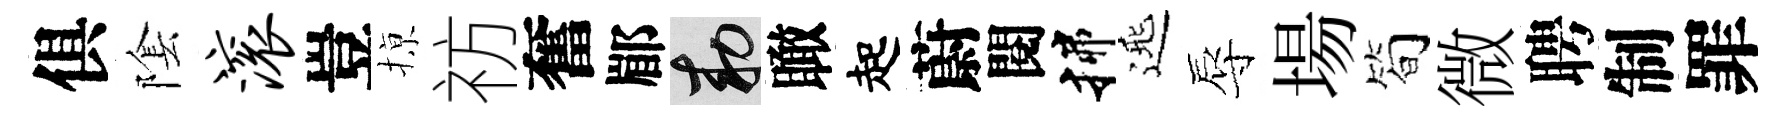
俱隂滚豈𢱊祊奮郿敕瞰起蔚閱揲𨓱辱場简微聘制罪